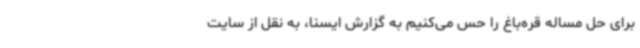
برای حل مساله قره‌باغ را حس می‌کنیم به گزارش ایسنا، به نقل از سایت